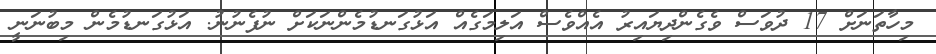
މިހާތަނަށް 17 ދުވަސް ވެގެންދިޔައިރު އެއްވެސް އަލިމަގެއް އަޅުގަނޑުމެންނަކަށް ނުފެނުނު. އަޅުގަނޑުމެން މިބުނަނީ